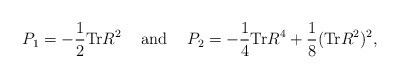
\begin{align*}P_{1} = - \frac{1}{2} {\rm Tr}R^2 \hspace{5mm} {\rm and} \hspace{5mm} P_{2} = - \frac{1}{4} {\rm Tr}R^4 + \frac{1}{8} ({\rm Tr}R^2)^2, \end{align*}